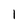
Character: 1